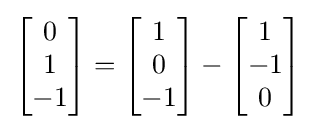
{\begin{bmatrix}0\\1\\-1\end{bmatrix}}={\begin{bmatrix}1\\0\\-1\end{bmatrix}}-{\begin{bmatrix}1\\-1\\0\end{bmatrix}}